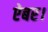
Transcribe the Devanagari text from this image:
ऐबर।